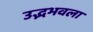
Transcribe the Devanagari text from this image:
उद्भभवला